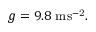
g = 9 . 8 \mathrm { \ m s ^ { - 2 } } .